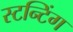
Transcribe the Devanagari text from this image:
स्टन्टिंग